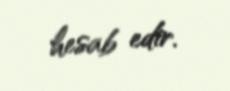
hesab edir.